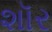
શૉર